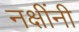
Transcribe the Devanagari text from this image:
नक्षींनी